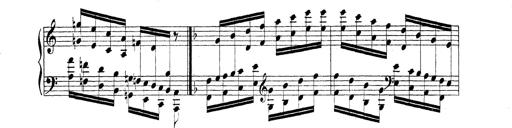
Title: Technische Studien
Composer: Franz Liszt